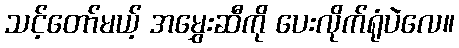
သင့်တော်မယ့် အမွှေးဆီကို ပေးလိုက်ရုံပဲလေ။